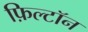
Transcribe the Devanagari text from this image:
फ़िल्टॉन